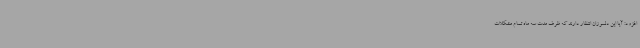
افزود: آیا این دلسوزان انتظار دارند که ظرف مدت سه ماه تمام مشکلات